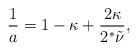
LaTeX: \begin{align*}\frac{1}{a}=1-\kappa+\frac{2\kappa}{2^*\tilde{\nu}}, \end{align*}